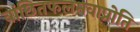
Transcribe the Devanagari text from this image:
वांछितफलमवाप्नोति